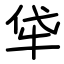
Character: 牮